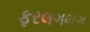
ફરલગભગ